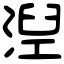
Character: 湼